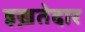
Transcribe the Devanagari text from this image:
इख़तेदार